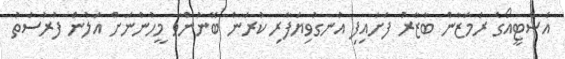
އެސްޓީއޯގެ ރަމަޒާން ބާޒާރު ފަށައިފި އުނގުވިޔަފާރި ކުރަން ބޭނުންވާ މީހުންނަށް އަލުން ފުރުސަތު